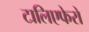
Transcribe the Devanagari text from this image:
टालिएफेरो